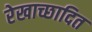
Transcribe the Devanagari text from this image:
रेखाच्छादित